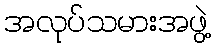
အလုပ်သမားအဖွဲ့